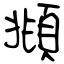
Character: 頫